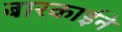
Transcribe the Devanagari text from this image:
बारकार्इने